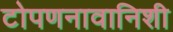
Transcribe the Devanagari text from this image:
टोपणनावानिशी